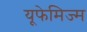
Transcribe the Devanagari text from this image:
यूफेमिज्म